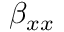
\beta _ { x x }